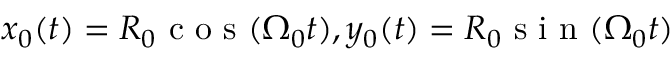
x _ { 0 } ( t ) = R _ { 0 } \mathrm { ~ c ~ o ~ s ~ } ( { \Omega } _ { 0 } t ) , y _ { 0 } ( t ) = R _ { 0 } \mathrm { ~ s ~ i ~ n ~ } ( { \Omega } _ { 0 } t )